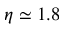
\eta \simeq 1 . 8